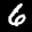
Label: 6